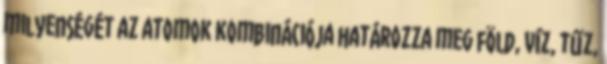
milyenségét az atomok kombinációja határozza meg föld, víz, tűz,